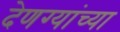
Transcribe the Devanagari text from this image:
देणग्यांच्या